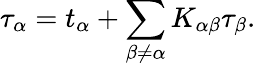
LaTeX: \tau_{\alpha}=t_{\alpha}+\sum_{\beta\neq\alpha}K_{\alpha\beta}\tau_{\beta}.